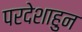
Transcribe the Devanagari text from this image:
परदेशाहुन